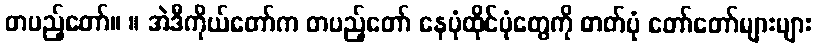
တပည့်တော်။ ။ အဲဒီကိုယ်တော်က တပည့်တော် နေပုံထိုင်ပုံတွေကို ဓာတ်ပုံ တော်တော်များများ